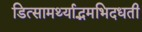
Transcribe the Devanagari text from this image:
डित्सामर्थ्याद्भमभिदधती